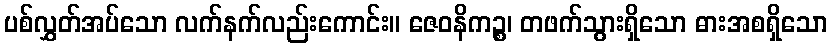
ပစ်လွှတ်အပ်သော လက်နက်လည်းကောင်း။ ဇေဝနိကဉ္စ၊ တဖက်သွားရှိသော ဓားအစရှိသော